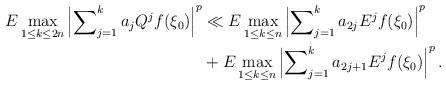
LaTeX: \begin{align*}E\max_{1\leq k\leq2n}\left\vert \sum\nolimits_{j=1}^{k}a_{j}Q^{j}f(\xi_{0})\right\vert ^{p} & \ll E\max_{1\leq k\leq n}\left\vert \sum\nolimits_{j=1}^{k}a_{2j}E^{j}f(\xi_{0})\right\vert ^{p}\\& +E\max_{1\leq k\leq n}\left\vert \sum\nolimits_{j=1}^{k}a_{2j+1}E^{j}f(\xi_{0})\right\vert ^{p}.\end{align*}